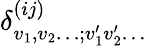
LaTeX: \delta_{v_{1},v_{2}\ldots;v_{1}^{\prime}v_{2}^{\prime}\ldots}^{(ij)}